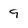
Character: 9